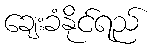
ချေးခံနိုင်ရည်